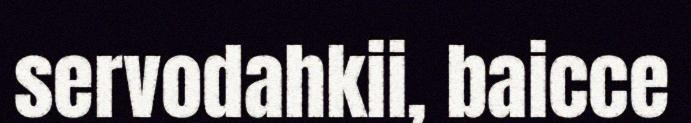
servodahkii, baicce